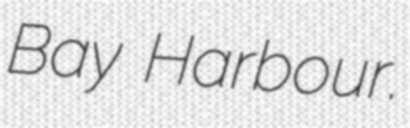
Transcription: Bay Harbour.